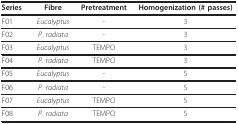
<table><thead><tr><td><b>Series</b></td><td><b>Fibre</b></td><td><b>Pretreatment</b></td><td><b>Homogenization (# passes)</b></td></tr></thead><tbody><tr><td>F01</td><td><i>Eucalyptus</i></td><td>-</td><td>3</td></tr><tr><td>F02</td><td><i>P. radiata</i></td><td>-</td><td>3</td></tr><tr><td>F03</td><td><i>Eucalyptus</i></td><td>TEMPO</td><td>3</td></tr><tr><td>F04</td><td><i>P. radiata</i></td><td>TEMPO</td><td>3</td></tr><tr><td>F05</td><td><i>Eucalyptus</i></td><td>-</td><td>5</td></tr><tr><td>F06</td><td><i>P. radiata</i></td><td>-</td><td>5</td></tr><tr><td>F07</td><td><i>Eucalyptus</i></td><td>TEMPO</td><td>5</td></tr><tr><td>F08</td><td><i>P. radiata</i></td><td>TEMPO</td><td>5</td></tr></tbody></table>